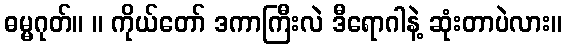
ဓမ္မဂုတ်။ ။ ကိုယ်တော် ဒကာကြီးလဲ ဒီရောဂါနဲ့ ဆုံးတာပဲလား။